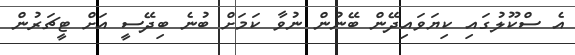
އެ ސްކޫލުގައި ކިޔަވައިދޭން ބޭނުން ނުވާ ކަމަށް ބުނެ ބިދޭސީ އަށް ޓީޗަރުން